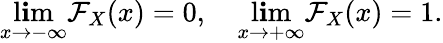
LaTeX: \operatorname*{l\mathbf{i}m}_{x\to-\infty}\mathcal{F}_{X}(x)=0,\quad\operatorname*{l\mathbf{i}m}_{x\to+\infty}\mathcal{F}_{X}(x)=1.